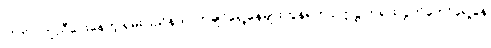
လိုက်ပါကူညီပေးနေတဲ့ ရှမ်းပြည်နယ်၊ ကချင်ရှေ့နေများကွန်ရက် ဥက္ကဋ္ဌ တရားလွှတ်တော်ရှေ့နေ